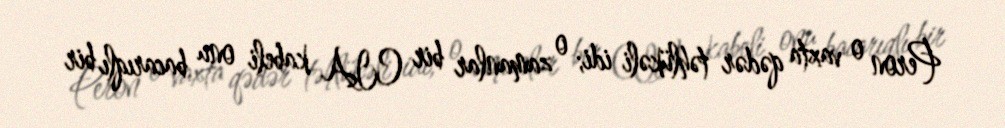
Peron o vaxta qədər təhlükəli idi; o zamanlar bir CIA kabeli onu bacarıqlı bir